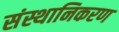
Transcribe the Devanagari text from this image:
संस्थानिकरण